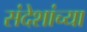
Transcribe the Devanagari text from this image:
संदेशांच्या